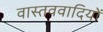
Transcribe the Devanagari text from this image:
वास्तववादियों